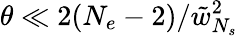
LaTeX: \theta\ll 2(N_{e}-2)/\tilde{w}_{N_{s}}^{2}